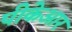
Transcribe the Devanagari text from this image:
पीकेआर